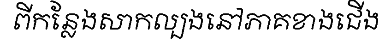
ពីកន្លែងសាកល្បងនៅភាគខាងជើង